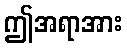
ဤအရာအား